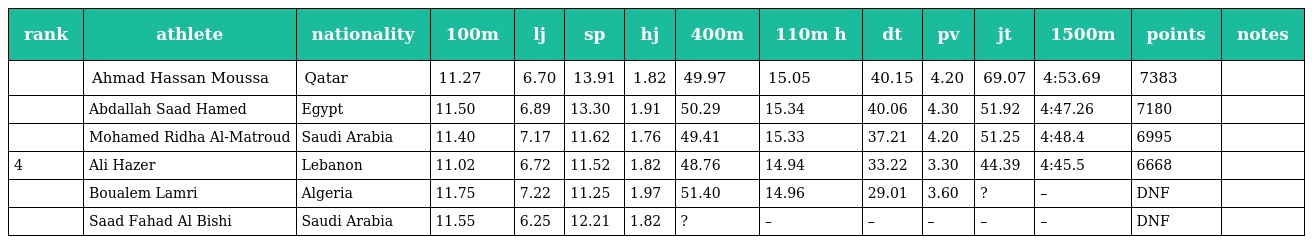
| rank | athlete | nationality | 100m | lj | sp | hj | 400m | 110m h | dt | pv | jt | 1500m | points | notes |
 | --- | --- | --- | --- | --- | --- | --- | --- | --- | --- | --- | --- | --- | --- | --- |
 |  | Ahmad Hassan Moussa | Qatar | 11.27 | 6.70 | 13.91 | 1.82 | 49.97 | 15.05 | 40.15 | 4.20 | 69.07 | 4:53.69 | 7383 |  |
 |  | Abdallah Saad Hamed | Egypt | 11.50 | 6.89 | 13.30 | 1.91 | 50.29 | 15.34 | 40.06 | 4.30 | 51.92 | 4:47.26 | 7180 |  |
 |  | Mohamed Ridha Al-Matroud | Saudi Arabia | 11.40 | 7.17 | 11.62 | 1.76 | 49.41 | 15.33 | 37.21 | 4.20 | 51.25 | 4:48.4 | 6995 |  |
 | 4 | Ali Hazer | Lebanon | 11.02 | 6.72 | 11.52 | 1.82 | 48.76 | 14.94 | 33.22 | 3.30 | 44.39 | 4:45.5 | 6668 |  |
 |  | Boualem Lamri | Algeria | 11.75 | 7.22 | 11.25 | 1.97 | 51.40 | 14.96 | 29.01 | 3.60 | ? | – | DNF |  |
 |  | Saad Fahad Al Bishi | Saudi Arabia | 11.55 | 6.25 | 12.21 | 1.82 | ? | – | – | – | – | – | DNF |  |